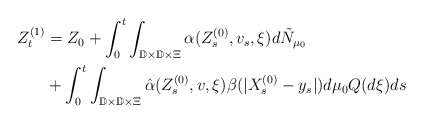
\begin{align*}\begin {split}Z^{(1)}_t&= Z_0 + \int_0^t \int_{\mathbb{D}\times \mathbb{D}\times \Xi} \alpha(Z_s^{(0)}, v_s, \xi) d{\tilde {N}}_{\mu_{0}}\\& + \int_0^t \int_{\mathbb{D}\times \mathbb{D} \times \Xi} \hat{\alpha}(Z^{(0)}_s, v, \xi) \beta(|X_s^{(0)} - y_s|)d\mu_0 Q(d\xi) ds\\ \end {split}\end{align*}